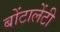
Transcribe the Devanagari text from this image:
बोंटालेंटी